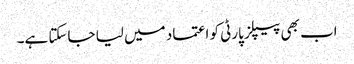
اب بھی پیپلز پارٹی کو اعتماد میں لیا جاسکتا ہے۔